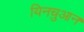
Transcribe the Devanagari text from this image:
यिनचुआन